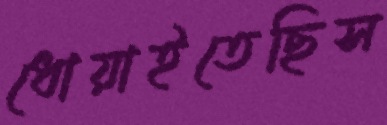
ধোয়াইতেছিস